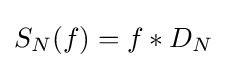
S_{N}(f)=f*D_{N}